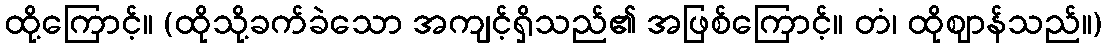
ထို့ကြောင့်။ (ထိုသို့ခက်ခဲသော အကျင့်ရှိသည်၏ အဖြစ်ကြောင့်။ တံ၊ ထိုဈာန်သည်။)